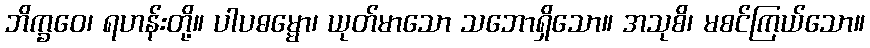
ဘိက္ခဝေ၊ ရဟန်းတို့။ ပါပဓမ္မော၊ ယုတ်မာသော သဘောရှိသော။ အသုစိ၊ မစင်ကြယ်သော။